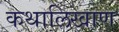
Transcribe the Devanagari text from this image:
कथालिखाण